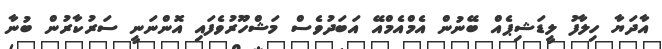
އާދަޔާ ހިލާފު ލީޑަޝިޕެއް ބޭނުން އެމްއެމްއޭ އަބަދުވެސް މަޝްހޫރުވެފައި އޮންނަނީ ސަރުކާރުން ބުނާ